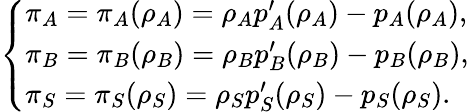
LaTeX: \left\{ \begin{array}{ll}{\pi_{A}=\pi_{A}(\rho_{A})=\rho_{A}p_{A}^{\prime}(\rho_{A})-p_{A}(\rho_{A}),}\\ {\pi_{B}=\pi_{B}(\rho_{B})=\rho_{B}p_{B}^{\prime}(\rho_{B})-p_{B}(\rho_{B}),}\\ {\pi_{S}=\pi_{S}(\rho_{S})=\rho_{S}p_{S}^{\prime}(\rho_{S})-p_{S}(\rho_{S}).}\end{array}\right.